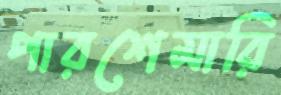
পারশেমারি